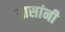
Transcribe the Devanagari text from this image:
आसांनी